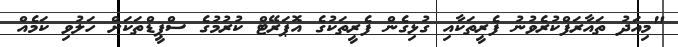
"މިއަދު ތައާރަފްކުރެވުނު ފެރީތަކާއި ގުޅިގެން ފެރީތަކުގެ އޮޕަރޭޓް ކުރުމުގެ ސްޕީޑްތަކަށް ހަލުވި ކަމެއް